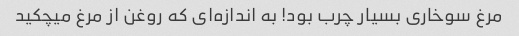
مرغ سوخاری بسیار چرب بود! به اندازه‌ای که روغن از مرغ میچکید